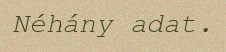
Néhány adat.